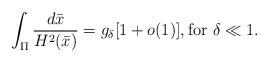
LaTeX: \begin{align*}\int_{\Pi}\frac{d\bar{x}}{H^2(\bar{x})}=g_\delta[1+o(1)], \mbox{for } \delta\ll 1.\end{align*}